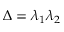
\Delta = \lambda _ { 1 } \lambda _ { 2 }